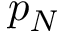
p _ { N }